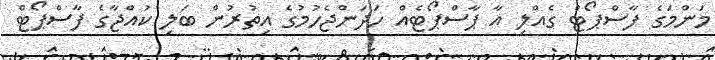
މަންމަގެ ފާސްޕޯޓް ގެއްލި އާ ޕާސްޕޯޓެއް ހަދަންޖެހުމުގެ އިތުރުން ބަލި ކުއްޖާގެ ފާސްޕޯޓް